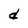
Character: d